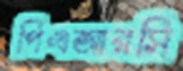
পিএআরসি